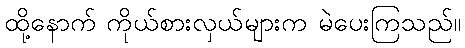
ထို့နောက် ကိုယ်စားလှယ်များက မဲပေးကြသည်။